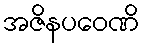
အဇိနပဝေဏိ